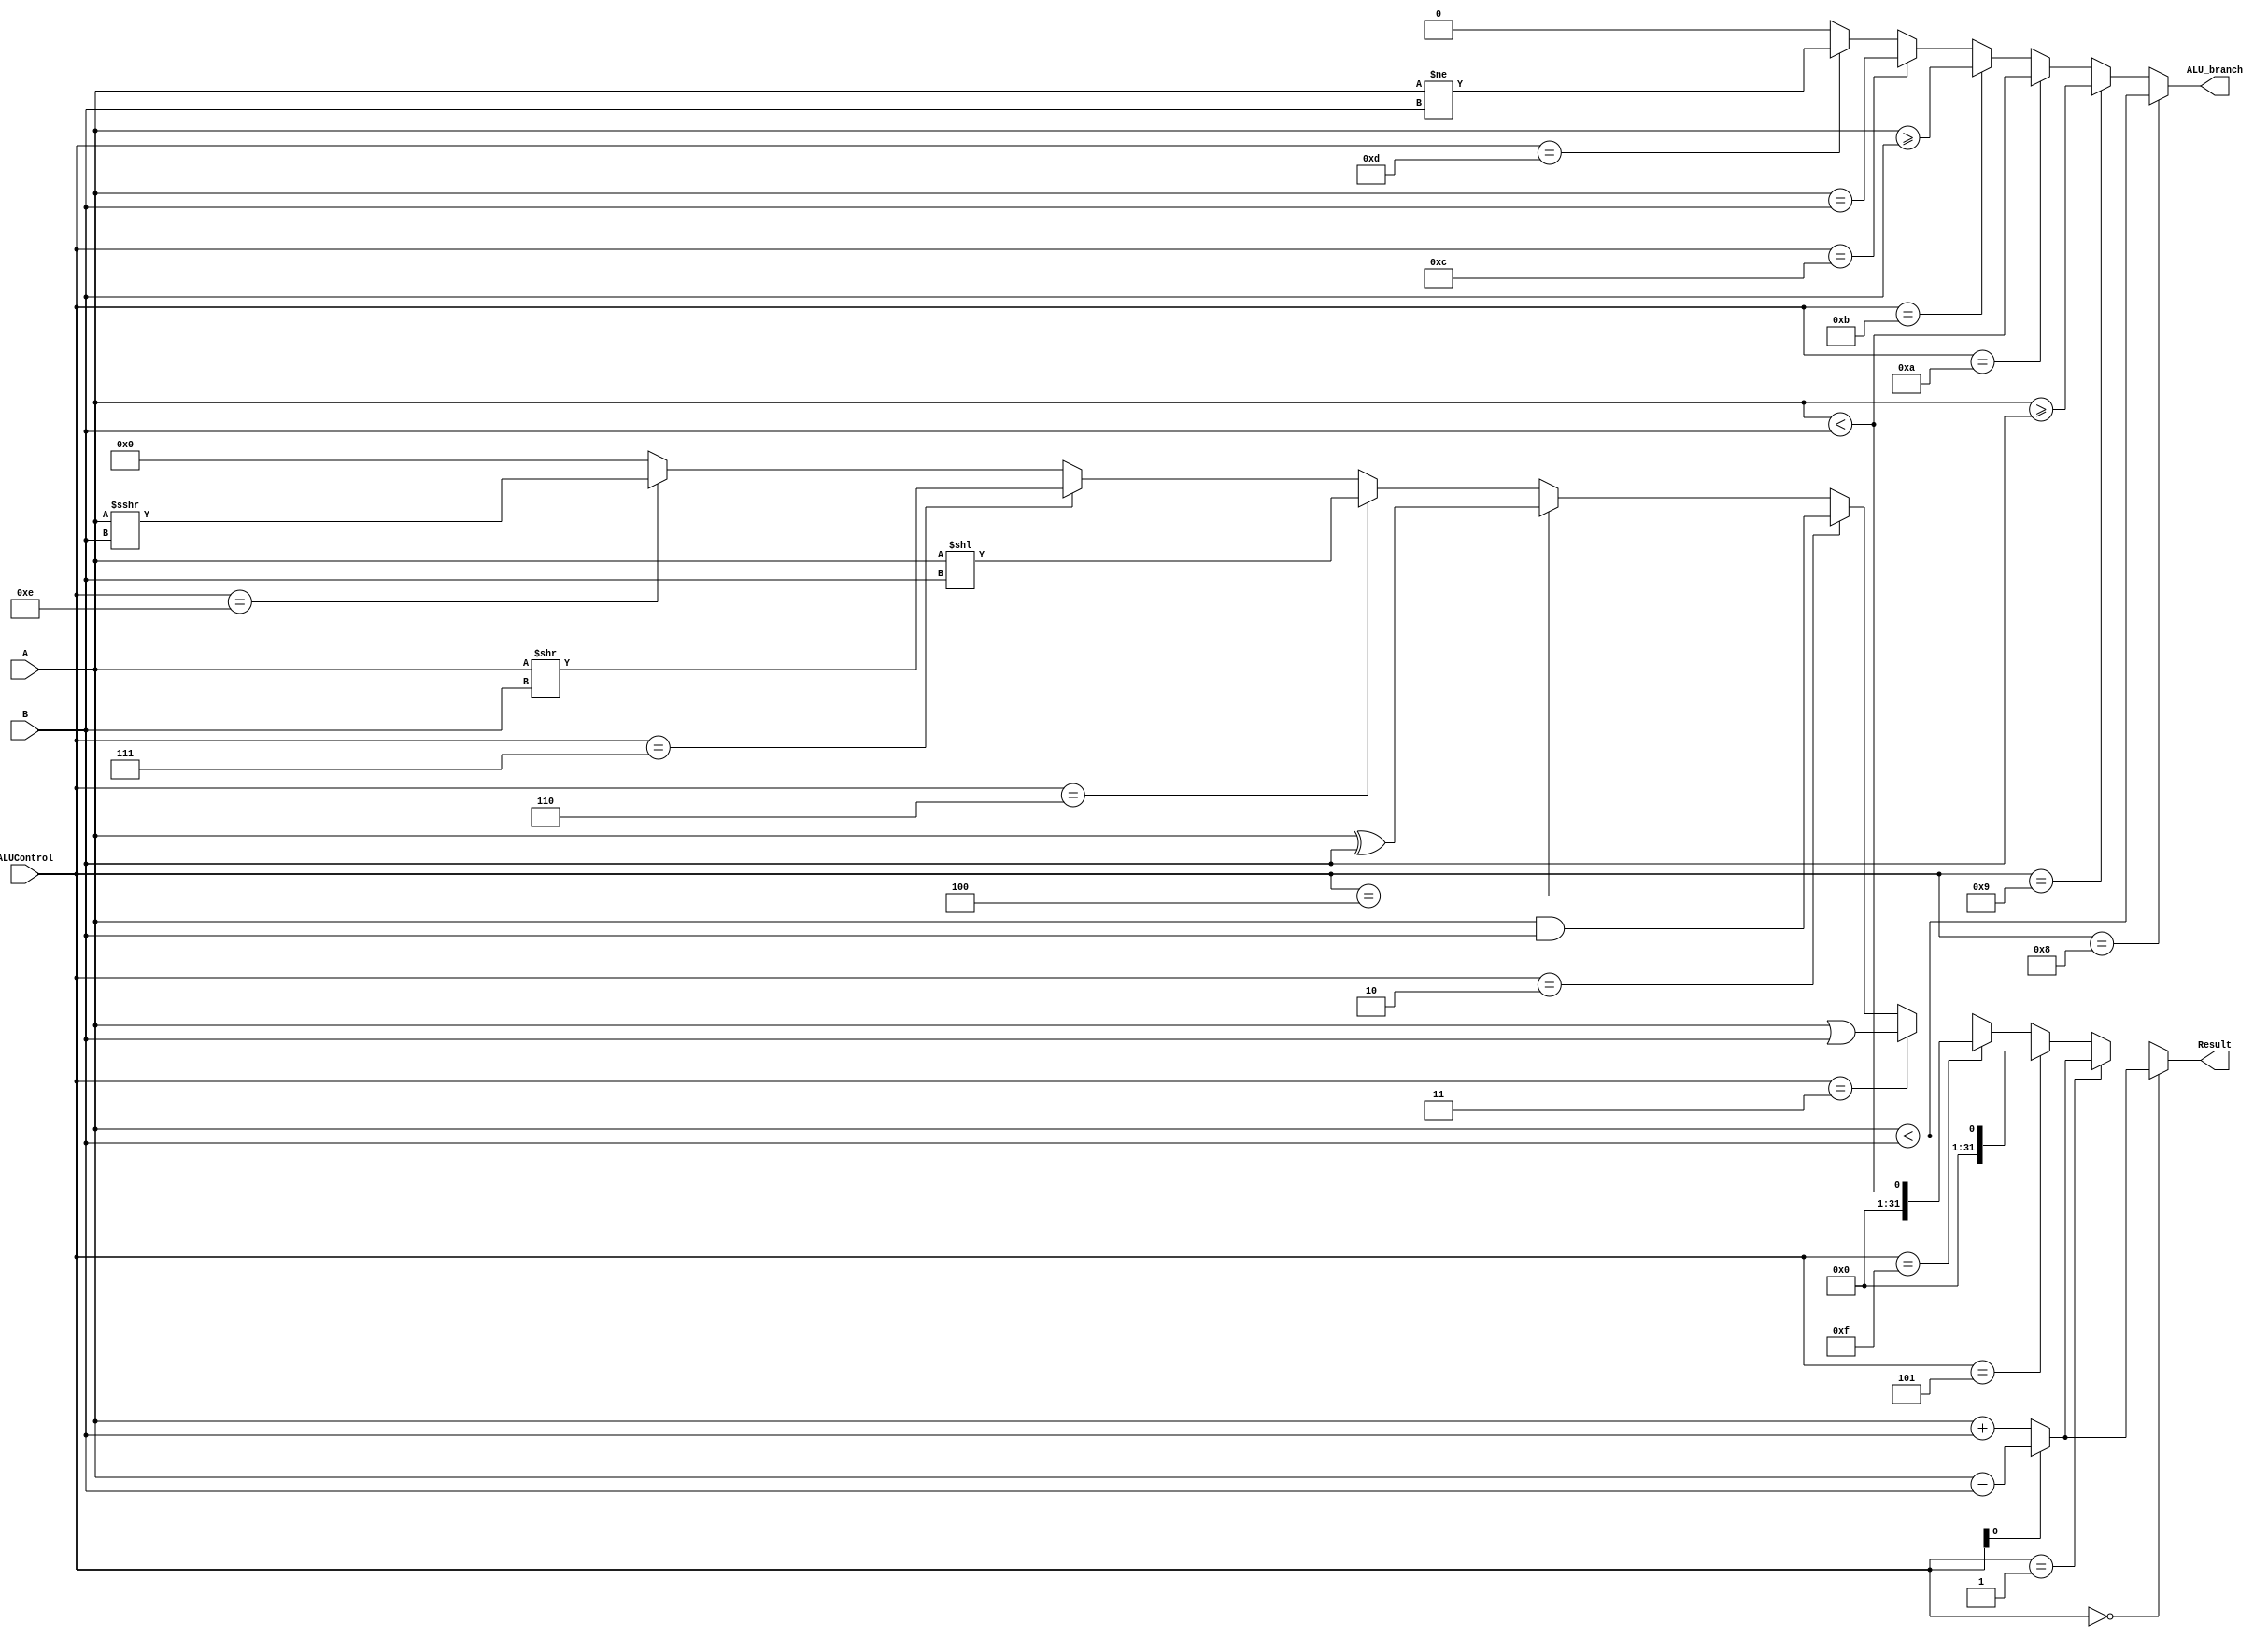
`timescale 1ns/1ps


//`define ADD 3'b000
//`define SUB 3'b001
//`define SLT 3'b101
//`define OR 3'b001
//`define AND 3'b010
//`define XOR 3'b100
//`define SLL 3'b110
//`define SRL 3'b111

module alu(A, B, Result, ALUControl, ALU_branch);
    input [31:0] A,B;
    output [31:0] Result;
    input [3:0] ALUControl;

    output ALU_branch;
    wire[31:0] Sum;
    wire Cout;
    assign {Cout, Sum} =  (ALUControl[0] == 1'b0) ? A + B : (A - B);
    assign Result = (ALUControl == 4'b0000) ? Sum:     //addition
                    (ALUControl == 4'b0001) ? Sum:     //diff
                    (ALUControl == 4'b0101) ? $signed(A) < $signed(B):    //slt and slti
                    (ALUControl == 4'b1111) ? A < B:                      //sltiu , sltu
                    (ALUControl == 4'b0011) ? A | B:    //or, ori
                    (ALUControl == 4'b0010) ? A & B:    // and , andi
                    (ALUControl == 4'b0100) ? A ^ B:     //xor, xori
                    (ALUControl == 4'b0110) ? A << B:     //sla
                    (ALUControl == 4'b0111) ? A >> B:     //sra
                    (ALUControl == 4'b1110) ? A >>> B: {32{1'b0}};  //srai
     assign ALU_branch = 
                    (ALUControl == 4'b1000) ? $signed(A) < $signed(B):   //blt
                    (ALUControl == 4'b1001) ? $signed(A) >= $signed(B):  //bge
                    (ALUControl == 4'b1010) ? A < B:                    //bltu
                    (ALUControl == 4'b1011) ? A >= B:                   //bgeu
                    (ALUControl == 4'b1100) ? A == B:                    //beq
                    (ALUControl == 4'b1101) ? A != B:0;               //bne

    
    
endmodule